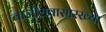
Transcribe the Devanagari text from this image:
बाजीरावासारख्या